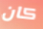
كان